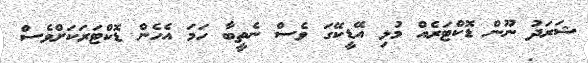
ޝަރަދު ނޫން ޑޮކްޓަރެއް މުޅި އޭޑީކޭގަ ވެސް ނެތީބާ ހަމަ އެހެން ޑޮކްޓަރަކަށްވެސް